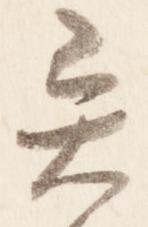
異